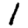
Digit: 1